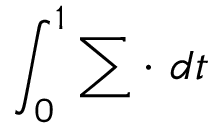
\int _ { 0 } ^ { 1 } \sum \cdot \ d t